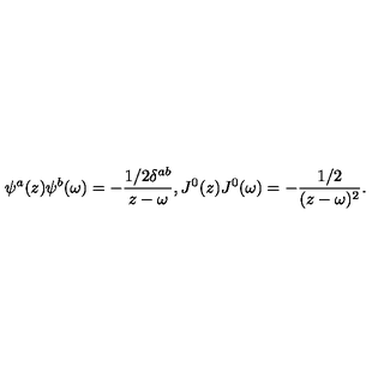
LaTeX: \psi ^ { a } ( z ) \psi ^ { b } ( \omega ) = - \frac { 1 / 2 \delta ^ { a b } } { z - \omega } , J ^ { 0 } ( z ) J ^ { 0 } ( \omega ) = - \frac { 1 / 2 } { ( z - \omega ) ^ { 2 } } .